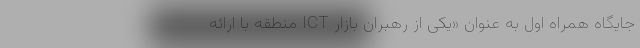
جایگاه همراه اول به عنوان «یکی از رهبران بازار ICT منطقه با ارائه